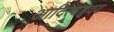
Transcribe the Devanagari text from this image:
आदित्यहृदय